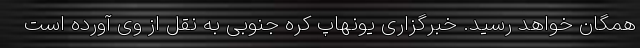
همگان خواهد رسید. خبرگزاری یونهاپ کره جنوبی به نقل از وی آورده است